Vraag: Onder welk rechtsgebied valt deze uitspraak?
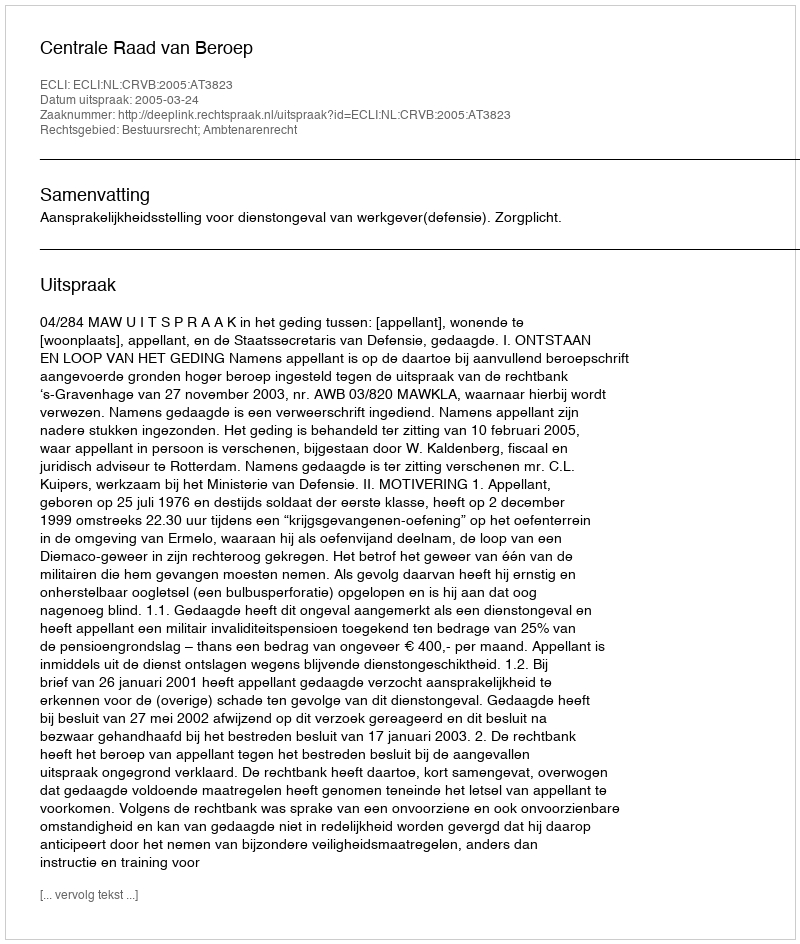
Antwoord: Bestuursrecht; Ambtenarenrecht